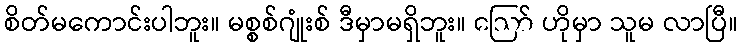
စိတ်မကောင်းပါဘူး။ မစ္စစ်ဂျုံးစ် ဒီမှာမရှိဘူး။ ဪ ဟိုမှာ သူမ လာပြီ။